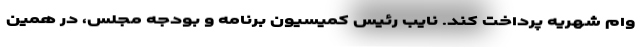
وام شهریه پرداخت کند. نایب رئیس کمیسیون برنامه و بودجه مجلس، در همین